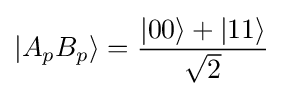
|A_{p}B_{p}\rangle ={\frac {|00\rangle +|11\rangle }{\sqrt {2}}}